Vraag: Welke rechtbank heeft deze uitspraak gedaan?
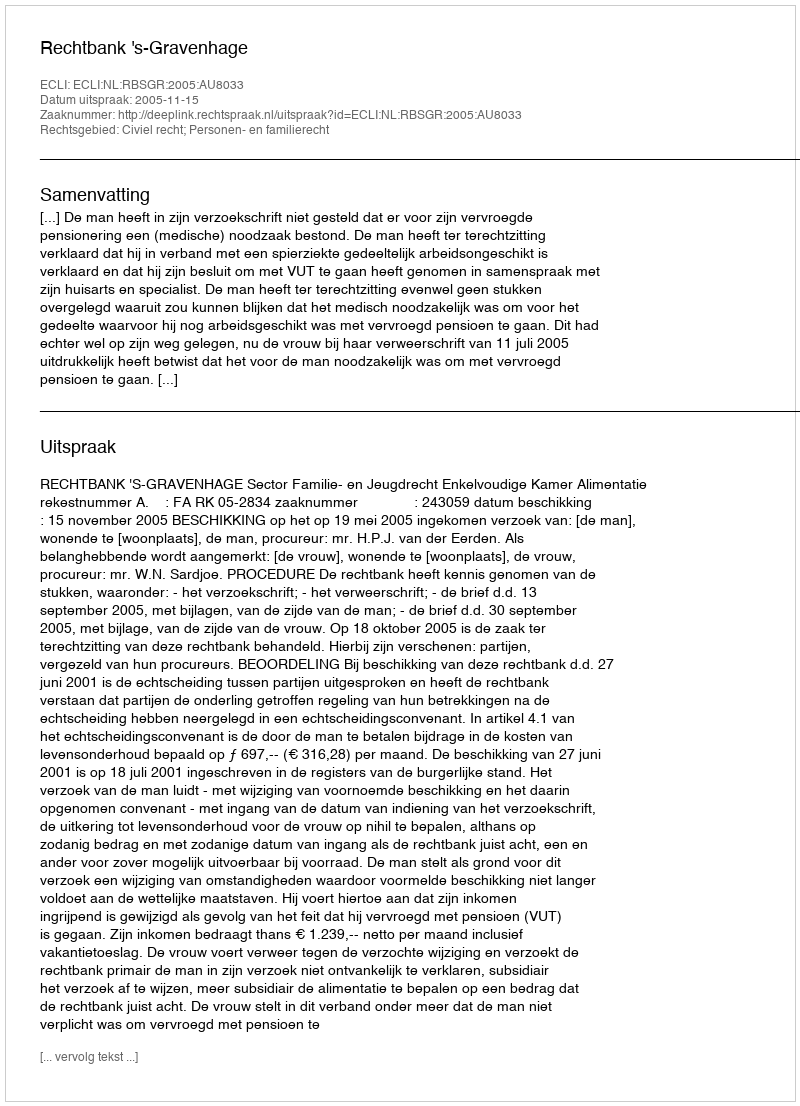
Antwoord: Rechtbank 's-Gravenhage